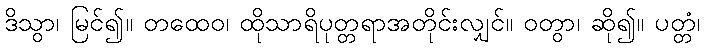
ဒိသွာ၊ မြင်၍။ တထေဝ၊ ထိုသာရိပုတ္တရာအတိုင်းလျှင်။ ဝတွာ၊ ဆို၍။ ပတ္တံ၊